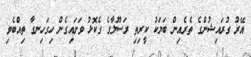
އޭރު ގުރައިޝުންގެ ތެރެއިން ބަޔަކު ކީރިތި ރަސޫލާގެ ގެކޮޅު ވަށައިގެން ހިގަހިނގާ ތިއްބެވި